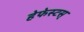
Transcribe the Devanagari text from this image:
हेफेस्टस्‌